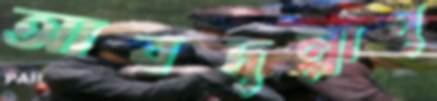
আবদুল্লাপু